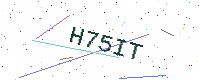
Text: H75IT